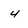
Character: 4